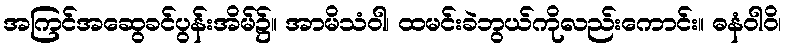
အကြင်အဆွေခင်ပွန်းအိမ်၌။ အာမိသံဝါ၊ ထမင်းခဲဘွယ်ကိုလည်းကောင်း။ ဓနံဝါဝိ၊